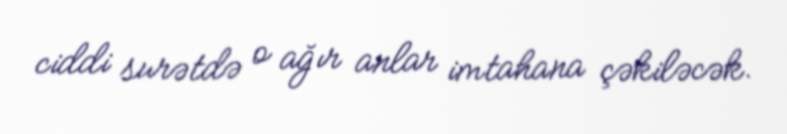
ciddi surətdə o ağır anlar imtahana çəkiləcək.